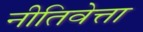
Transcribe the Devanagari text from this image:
नीतिवेत्ता